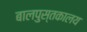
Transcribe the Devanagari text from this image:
बालपुस्तकालय